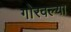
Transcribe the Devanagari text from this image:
गोरवल्या